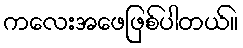
ကလေးအဖေဖြစ်ပါတယ်။